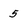
Character: 5